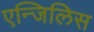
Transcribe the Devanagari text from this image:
एन्जिलिस